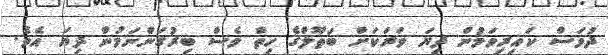
ދުވަސް ކައިރިވަމުން ދިޔަ ވަރަކަށް ބަތޫލްގެ ހިތް ވެސް ބިރުގަންނަމުން ދިޔަ އެވެ.